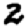
Digit: 2